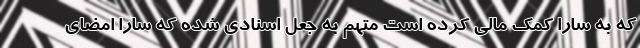
که به سارا کمک مالي کرده است متهم به جعل اسنادي شده که سارا امضاي